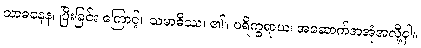
သာဓနေန၊ ပြီးခြင်း ကြောင့်။ သမာဓိဿ၊ ၏။ ပရိက္ခရာယ၊ အဆောက်အအုံအလို့ငှါ။